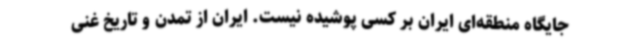
جایگاه منطقه‌ای ایران بر کسی پوشیده نیست. ایران از تمدن و تاریخ غنی